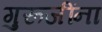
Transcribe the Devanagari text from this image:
गुरूजींना